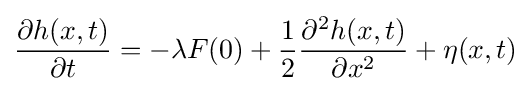
{\frac {\partial h(x,t)}{\partial t}}=-\lambda F(0)+{\frac {1}{2}}{\frac {\partial ^{2}h(x,t)}{\partial x^{2}}}+\eta (x,t)